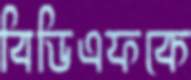
বিডিএফকে